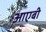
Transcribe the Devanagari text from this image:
आएबी